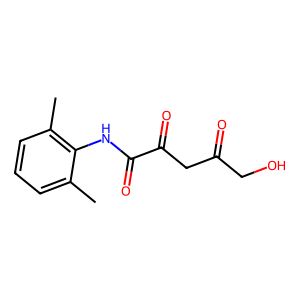
SMILES: Cc1cccc(C)c1NC(=O)C(=O)CC(=O)CO
Inhibits HIV replication: No